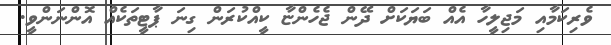
ވެރިކަމާއި މަޖިލީހާ އެއް ބަޔަކަށް ދޭން ޖެހެންޏާ ކީއްކުރަން ގިނަ ޕާޓީތަކެއް އޮންނަންވީ.